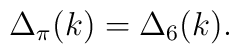
\Delta_{\pi}(k) = \Delta_{6}(k).